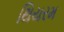
થિયરમ